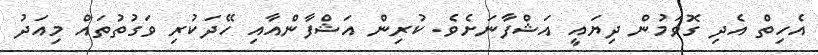
އެހިތް އެދި ގޮވަމުން ދިޔައީ އަޝްފާނަށެވެ. ކުރިން އަޝްފާންއާއި ހޭދަކުރި ވަގުތުތައް މިއަދު